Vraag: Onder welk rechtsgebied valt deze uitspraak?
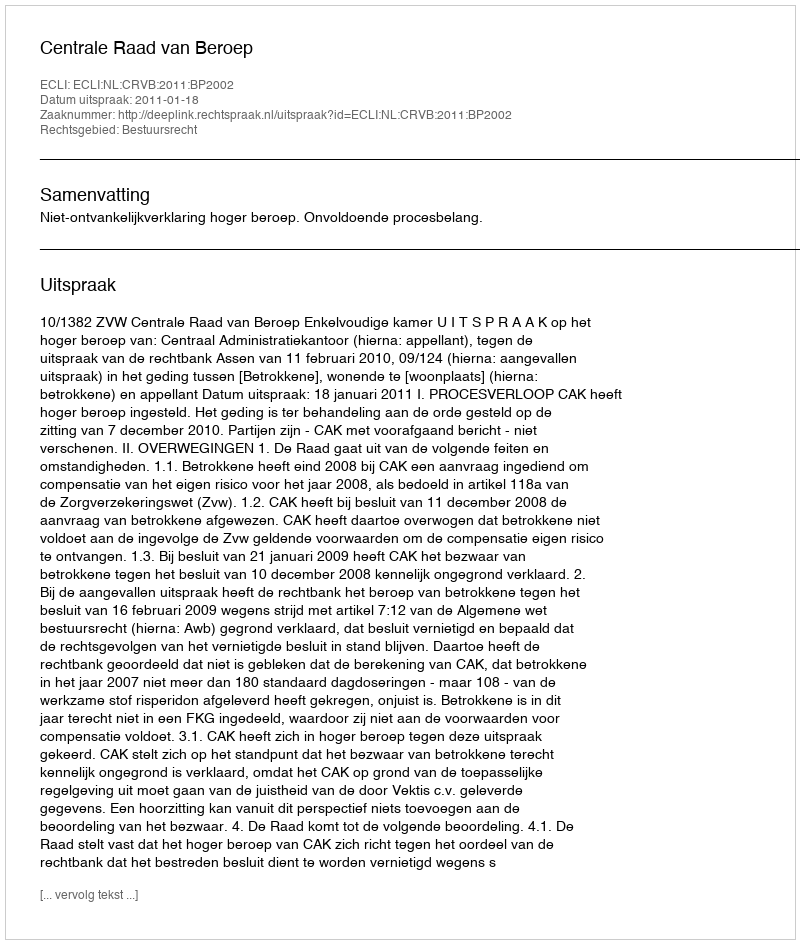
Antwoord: Bestuursrecht